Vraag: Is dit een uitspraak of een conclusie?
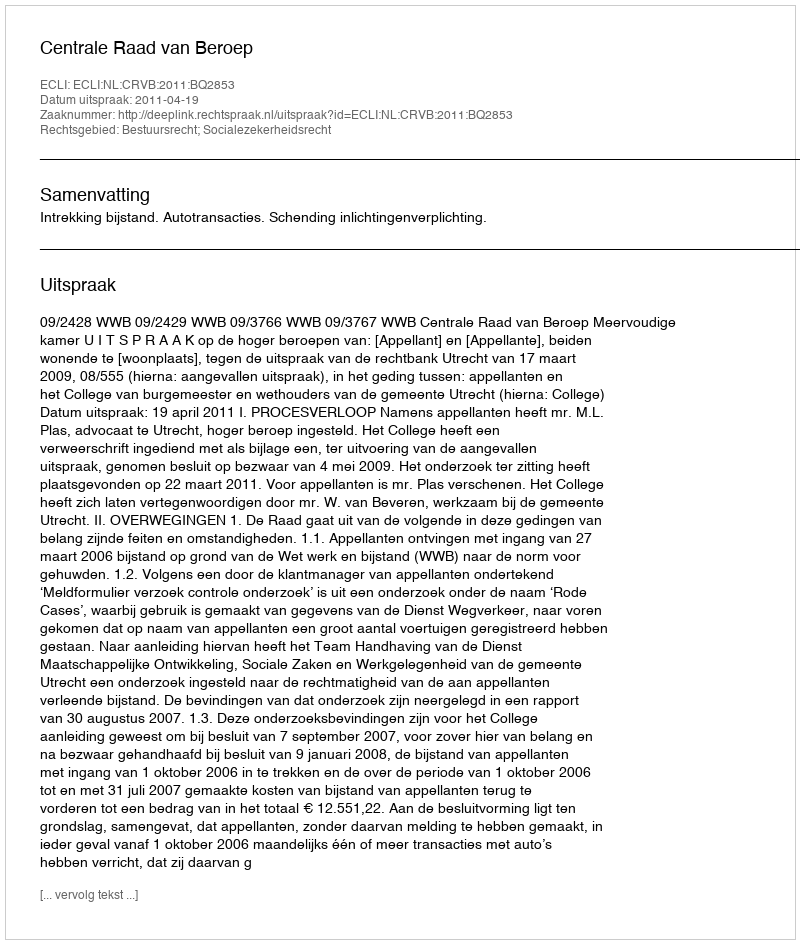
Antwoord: Uitspraak